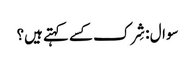
سوال : شِرک کسے کہتے ہیں؟